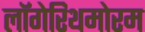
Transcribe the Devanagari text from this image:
लॉगेरिथमोरम